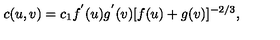
c ( u , v ) = c _ { 1 } f ^ { ' } ( u ) g ^ { ' } ( v ) [ f ( u ) + g ( v ) ] ^ { - 2 / 3 } ,